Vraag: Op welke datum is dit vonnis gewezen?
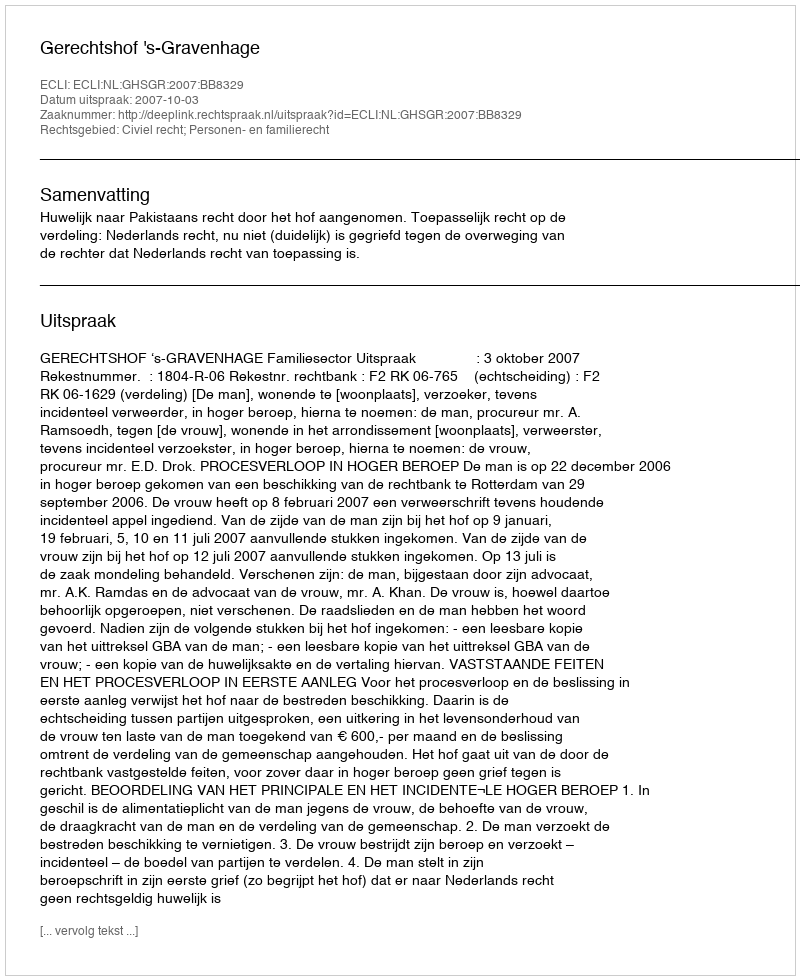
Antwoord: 2007-10-03